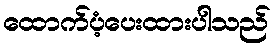
ထောက်ပံ့ပေးထားပါသည်